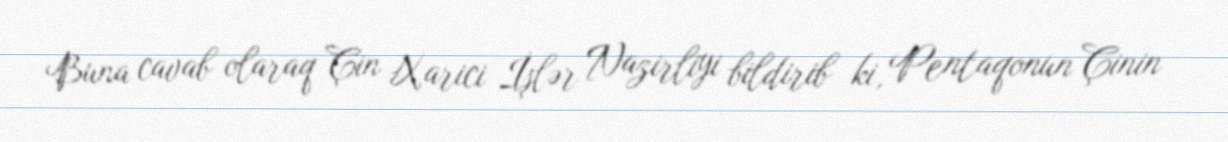
Buna cavab olaraq Çin Xarici İşlər Nazirliyi bildirib ki, Pentaqonun Çinin